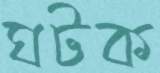
ঘটক